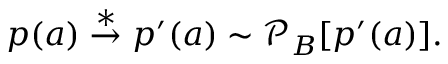
\begin{array} { r } { p ( a ) \stackrel { * } { \rightarrow } p ^ { \prime } ( a ) \sim \mathcal { P } _ { B } [ p ^ { \prime } ( a ) ] . } \end{array}